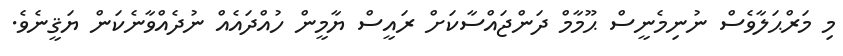
މި މަރްޙަލާވެސް ނުނިމެނީސް ޙޫމާމް ދަންޖައްސާކަށް ރައީސް ޔާމީން ހުއްދައެއް ނުދެއްވާނެކަން ޔަޤީނެވެ.